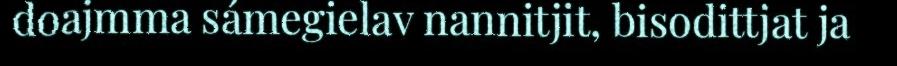
doajmma sámegielav nannitjit, bisodittjat ja